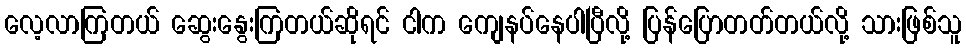
လေ့လာကြတယ် ဆွေးနွေးကြတယ်ဆိုရင် ငါက ကျေနပ်နေပါပြီလို့ ပြန်ပြောတတ်တယ်လို့ သားဖြစ်သူ